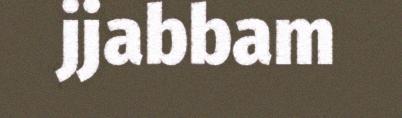
jjabbam